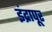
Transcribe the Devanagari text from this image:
इंद्रापूर